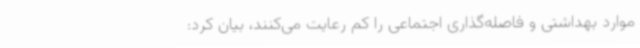
موارد بهداشتی و فاصله‌گذاری اجتماعی را کم رعایت می‌کنند، بیان کرد: